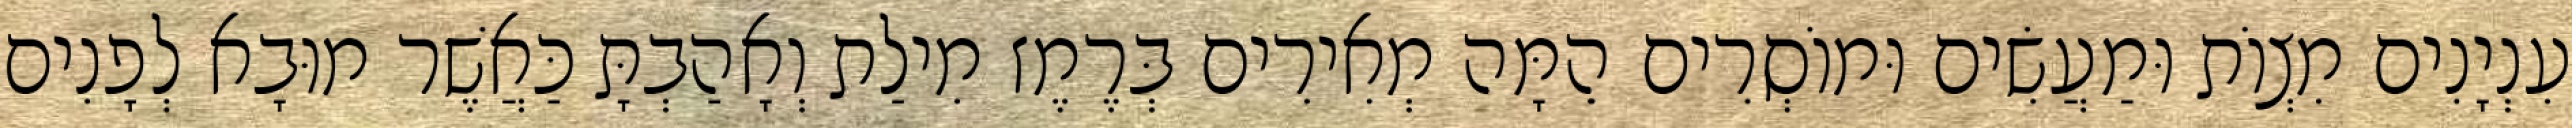
עִנְיָנִים מִצְוֹת וּמַעֲשִׂים וּמוֹסְרִים הֵמָּה מְאִירִים בְּרֶמֶז מִילַת וְאָהַבְתָּ כַּאֲשֶׁר מוּבָא לְפָנִים